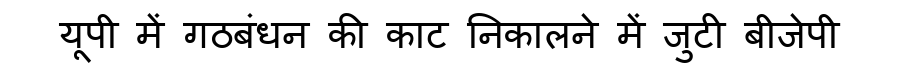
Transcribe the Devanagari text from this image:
यूपी में गठबंधन की काट निकालने में जुटी बीजेपी